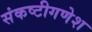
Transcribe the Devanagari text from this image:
संकष्टीगणेश